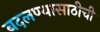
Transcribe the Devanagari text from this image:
बदलण्यासाठीची